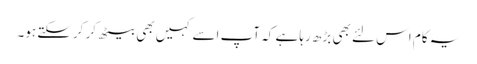
یہ کام اس لئے بھی بڑھ رہا ہے کہ آپ اسے کہیں بھی بیٹھ کر کرسکتے ہو۔